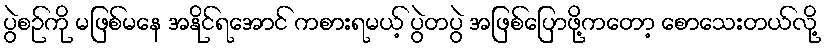
ပွဲစဉ်ကို မဖြစ်မနေ အနိုင်ရအောင် ကစားရမယ့် ပွဲတပွဲ အဖြစ်ပြောဖို့ကတော့ စောသေးတယ်လို့